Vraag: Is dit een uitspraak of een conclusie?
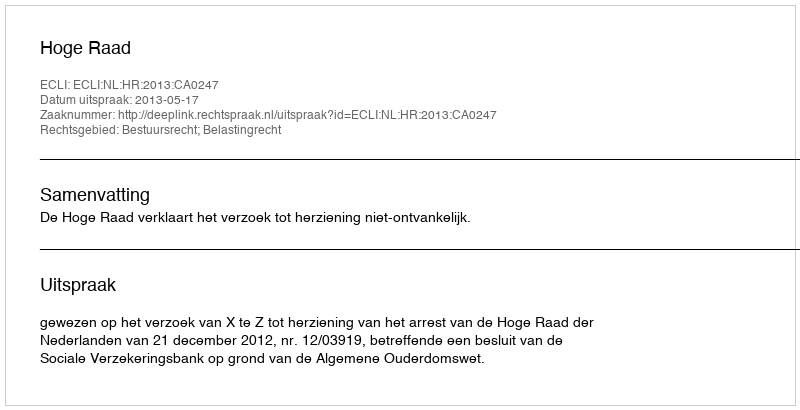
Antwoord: Uitspraak